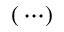
( \, \cdots )